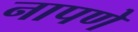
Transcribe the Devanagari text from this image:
नापणे